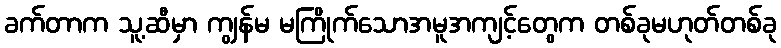
ခက်တာက သူ့ဆီမှာ ကျွန်မ မကြိုက်သောအမူအကျင့်တွေက တစ်ခုမဟုတ်တစ်ခု